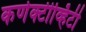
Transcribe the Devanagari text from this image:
कणेक्टीव्हिटी